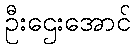
ဦးဌေးအောင်